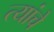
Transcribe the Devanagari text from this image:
त्यांंचेे